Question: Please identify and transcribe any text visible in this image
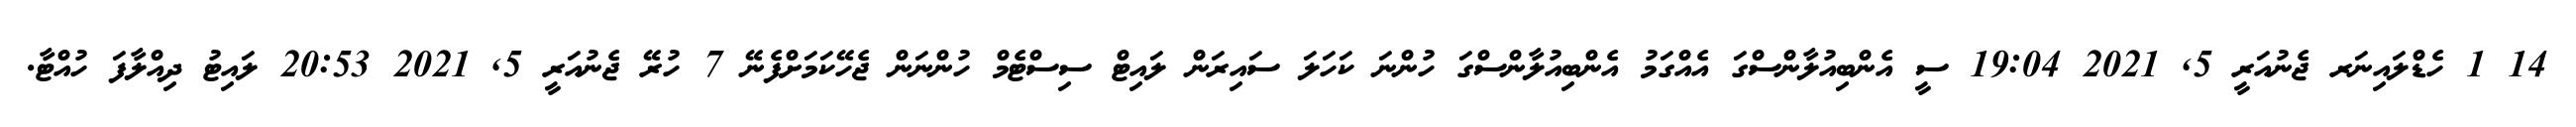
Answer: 14 1 ހެޑްލައިނަރ ޖެނުއަރީ 5, 2021 19:04 ސީ އެންބިއުލާންސްގަ އެއްގަމު އެންބިއުލާންސްގަ ހުންނަ ކަހަލަ ސައިރަން ލައިޓް ސިސްޓެމް ހުންނަން ޖެހޭކަމަށްފެނޭ 7 ހުރޭ ޖެނުއަރީ 5, 2021 20:53 ލައިޓު ދިއްލާފަ ހުއްޓާ.